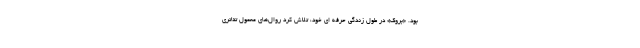
بود. «بروک» در طول زندگی حرفه ای خود، تلاش کرد روال‌های معمول تئاتری